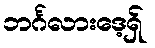
ဘင်္ဂလားဒေ့ရ်ှ